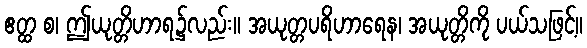
ဧတ္ထ စ၊ ဤယုတ္တိဟာရ၌လည်း။ အယုတ္တပရိဟာရေန၊ အယုတ္တိကို ပယ်သဖြင့်။